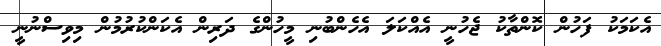
އެކަމަކު ފަހުން ކޮންތާކު ޖެހުނީ އެއްކަލަ އެހެންބުނި މީހުންގެ ދަރިން އެކަންކުރުމުން މިވިސްނުނީ